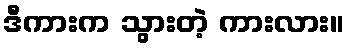
ဒီကားက သွားတဲ့ ကားလား။